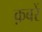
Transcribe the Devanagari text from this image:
क़बरें